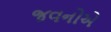
જવનોએ